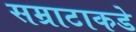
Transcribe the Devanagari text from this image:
सम्राटाकडे